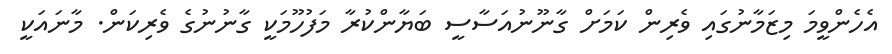
އެހެންވީމަ މިޒަމާނުގައި ވެރިން ކަމަށް ގާނޫނުއަސާސީ ބަޔާންކުރާ މަފުހޫމަކީ ގާނުނުގެ ވެރިކަން. މާނައަކީ